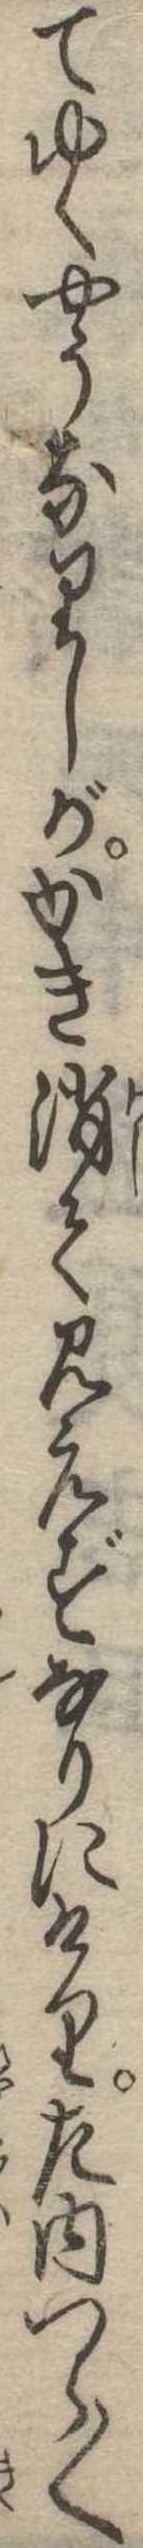
てゆくやうなりしがかき消て見えずなりにけり左内つら〱